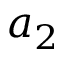
a _ { 2 }